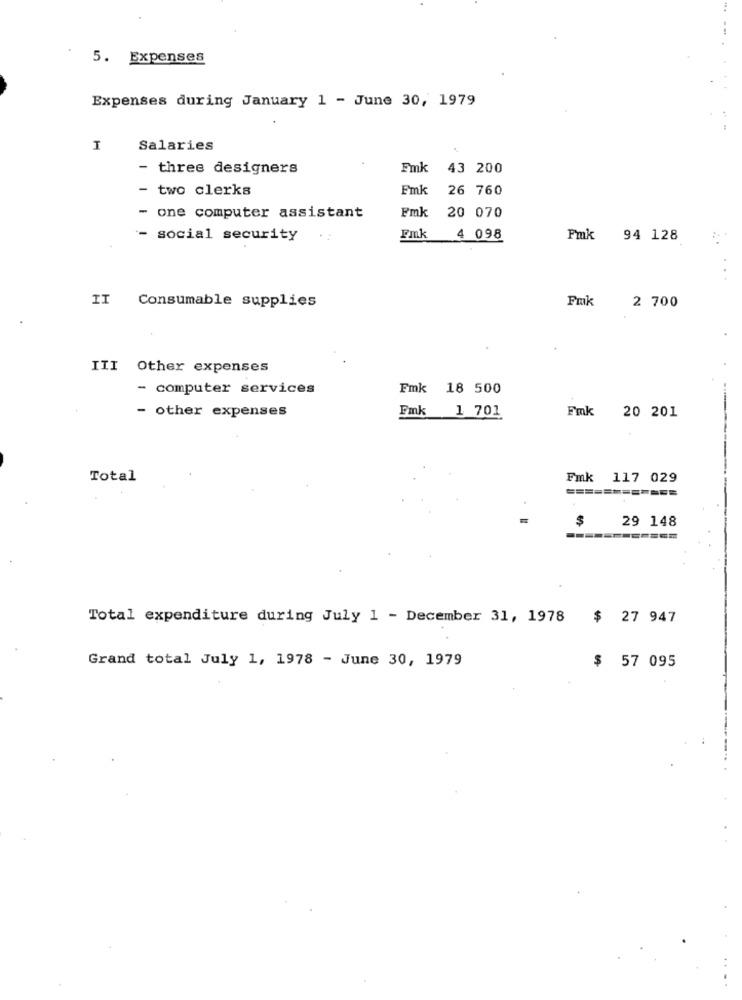
5. Expenses
Expenses during January 1 - June 30, 1979
I
Salaries
- three designers
Fmk
43 200
- two clerks
Fmk
26 760
- one computer assistant
Fmk
20 070
- social security
Fmk
4 098
Fmk
94 128
. .
II
Consumable supplies
Fmk
2 700
III Other expenses
- computer services
Fmk 18 500
- other expenses
Fmk
Fmk
20 201
1 701
Total
Fmk 117 029
====
===
$
29 148
========
Total expenditure during July 1 - December 31, 1978
$ 27 947
Grand total July 1, 1978 - June 30, 1979
$ 57 095